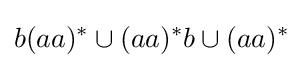
b(aa)^{*}\cup (aa)^{*}b\cup (aa)^{*}